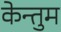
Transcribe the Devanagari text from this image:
केन्तुम